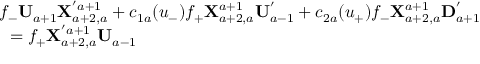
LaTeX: \begin{array} { l } { { f _ { - } { \bf U } _ { a + 1 } { \bf X } _ { a + 2 , a } ^ { ' a + 1 } + c _ { 1 a } ( u _ { - } ) f _ { + } { \bf X } _ { a + 2 , a } ^ { a + 1 } { \bf U } _ { a - 1 } ^ { ' } + c _ { 2 a } ( u _ { + } ) f _ { - } { \bf X } _ { a + 2 , a } ^ { a + 1 } { \bf D } _ { a + 1 } ^ { ' } } } \\ { { \mathrm { ~ } = f _ { + } { \bf X } _ { a + 2 , a } ^ { ' a + 1 } { \bf U } _ { a - 1 } } } \end{array}